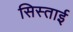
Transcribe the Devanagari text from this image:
सिस्ताई